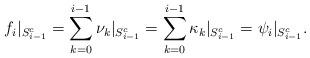
LaTeX: \begin{align*} f_{i}|_{S_{i-1}^c} = \sum_{k=0}^{i-1} \nu_k|_{S_{i-1}^c} = \sum_{k=0}^{i-1} \kappa_k|_{S_{i-1}^c} = \psi_{i}|_{S_{i-1}^c}.\end{align*}